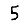
Digit: 5